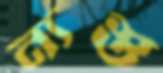
ন্যস্ত